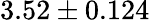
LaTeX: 3.52\pm 0.124